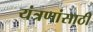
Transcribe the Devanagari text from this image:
यंत्रणांसाठी